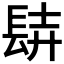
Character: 𨱺